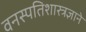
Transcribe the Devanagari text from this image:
वनस्पतिशास्त्रज्ञाने